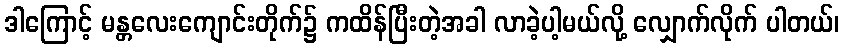
ဒါကြောင့် မန္တလေးကျောင်းတိုက်၌ ကထိန်ပြီးတဲ့အခါ လာခဲ့ပါ့မယ်လို့ လျှောက်လိုက် ပါတယ်၊